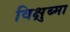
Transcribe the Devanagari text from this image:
विक्षुब्मा